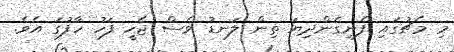
މި މެޗުގައި ފެނިގެންދިޔަ ތިން ލަނޑު ވެސް ޖެހީ ފަހު ހާފުގަ އެވެ.